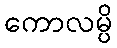
ကောလမ္ပိ